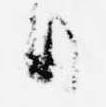
日